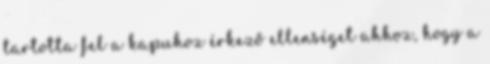
tartotta fel a kapuhoz érkező ellenséget ahhoz, hogy a